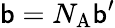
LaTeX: \mathsf{b}=N_{\mathrm{{A}}}\mathsf{b}^{\prime}